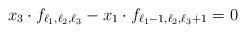
LaTeX: \begin{align*} x_3 \cdot f_{\ell_1,\ell_2,\ell_3} -x_1 \cdot f_{\ell_1-1,\ell_2,\ell_3+1} =0\end{align*}